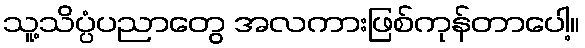
သူ့သိပ္ပံပညာတွေ အလကားဖြစ်ကုန်တာပေါ့။